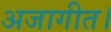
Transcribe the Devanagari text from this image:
अजागीत।